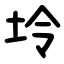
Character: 坽